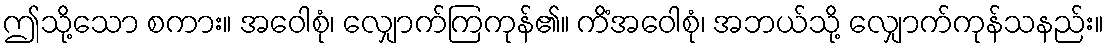
ဤသို့သော စကား။ အဝေါစုံ၊ လျှောက်ကြကုန်၏။ ကိံအဝေါစုံ၊ အဘယ်သို့ လျှောက်ကုန်သနည်း။